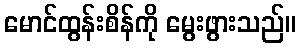
မောင်ထွန်းစိန်ကို မွေးဖွားသည်။